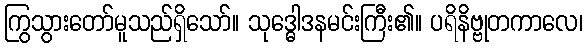
ကြွသွားတော်မူသည်ရှိသော်။ သုဒ္ဓေါဒနမင်းကြီး၏။ ပရိနိဗ္ဗုတကာလေ၊